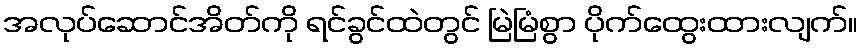
အလုပ်ဆောင်အိတ်ကို ရင်ခွင်ထဲတွင် မြဲမြံစွာ ပိုက်ထွေးထားလျက်။